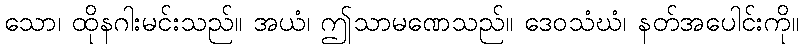
သော၊ ထိုနဂါးမင်းသည်။ အယံ၊ ဤသာမဏေသည်။ ဒေဝသံဃံ၊ နတ်အပေါင်းကို။